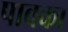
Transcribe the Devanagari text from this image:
पावका